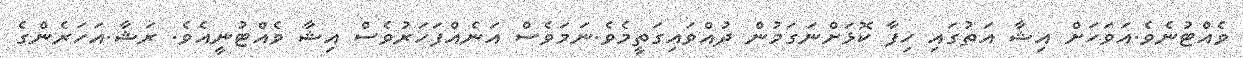
ވެއްޓުނެވެ.އަވަހަށް އިޝާ އަތުގައި ހިފާ ކޮޅަށްނަގަމުން ދުއްވައިގަތީމެވެ.ނަމަވެސް އަނެއްފަހަރުވެސް އިޝާ ވެއްޓުނީއެވެ. ރަޝާ.އަހަރެންގެ